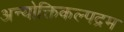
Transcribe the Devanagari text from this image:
अन्योक्तिकल्पद्रम